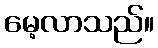
မေ့လာသည်။